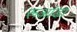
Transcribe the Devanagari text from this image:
रूआंडा